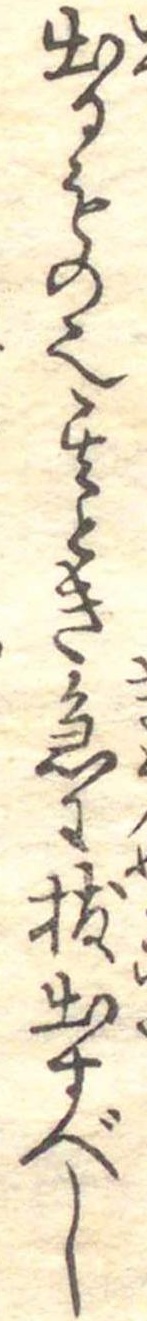
出るもの也其とき急に抜出すべし